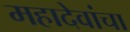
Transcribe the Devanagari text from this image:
महादेवांचा